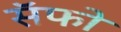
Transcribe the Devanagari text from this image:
सॅफो